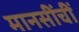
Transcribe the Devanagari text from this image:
मानसींचीं